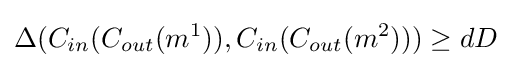
\Delta (C_{in}(C_{out}(m^{1})),C_{in}(C_{out}(m^{2})))\geq dD